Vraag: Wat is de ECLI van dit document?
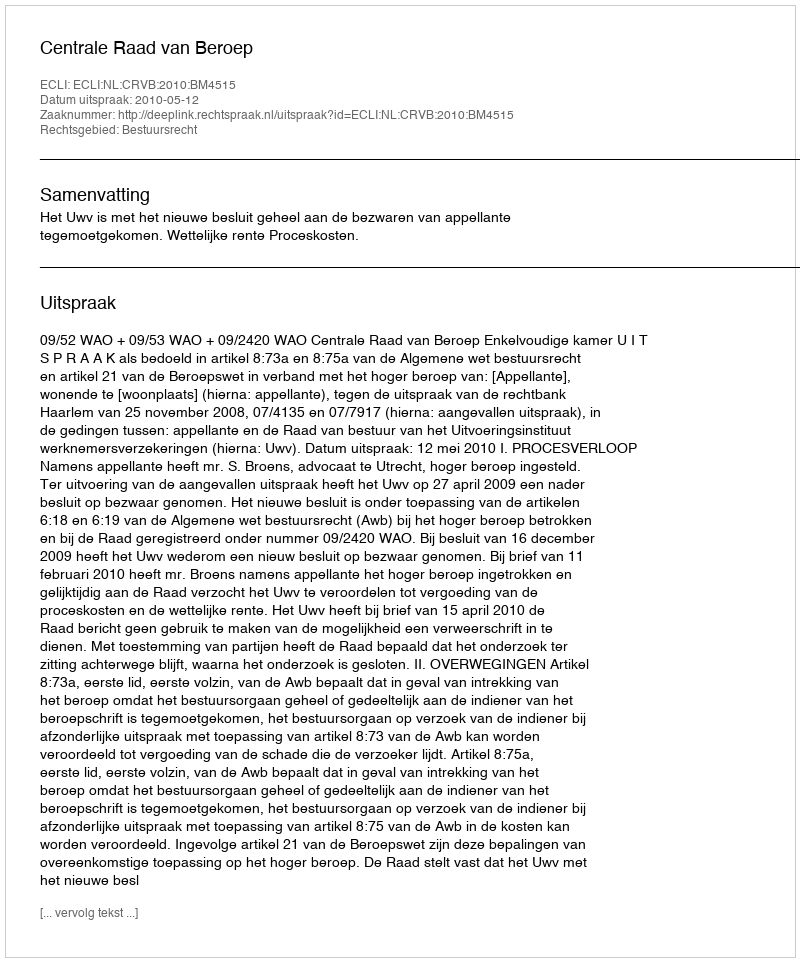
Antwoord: ECLI:NL:CRVB:2010:BM4515